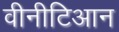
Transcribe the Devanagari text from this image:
वीनीटिआन